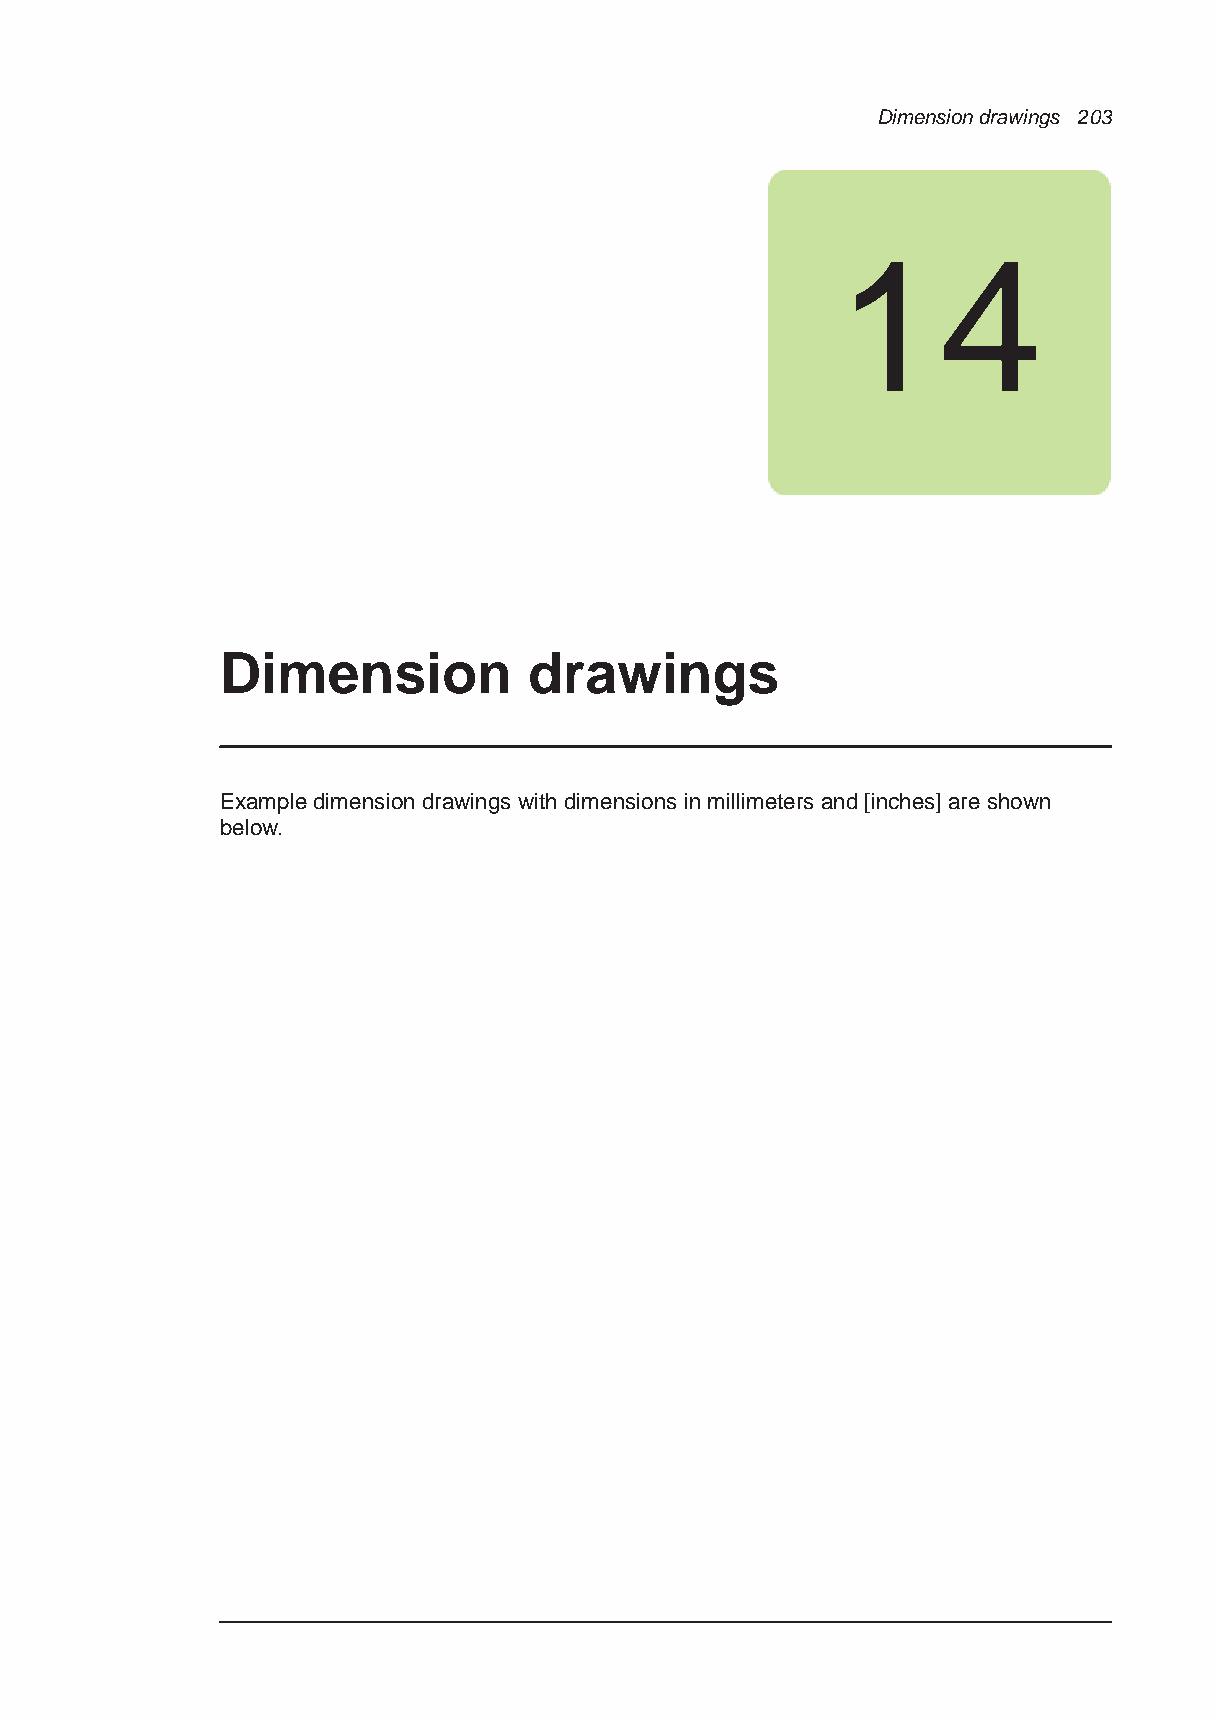
Dimension drawings 203
 14
 Dimension           drawings
 Example dimension drawings with dimensions in millimeters and [inches] are shown
 below.